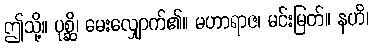
ဤသို့။ ပုစ္ဆိ၊ မေးလျှောက်၏။ မဟာရာဇ၊ မင်းမြတ်။ နဟိ၊